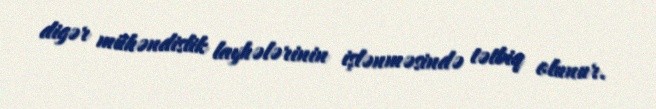
digər mühəndislik layhələrinin işlənməsində tətbiq olunur.